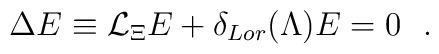
\Delta  E \equiv {\cal L}_{\Xi} E + \delta_{Lor}(\Lambda) E =0 \ \ .